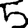
Digit: 5